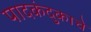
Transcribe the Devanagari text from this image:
पादकंदुकाचे